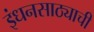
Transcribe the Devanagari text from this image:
इंधनसाठ्याची